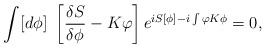
\begin{align*}\int[d\phi]\ \left[\frac{\delta S}{\delta \phi} -K\varphi\right]e^{iS[\phi]-i\int\varphi K\phi}=0,\end{align*}